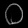
Digit: ၀